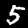
Digit: 5